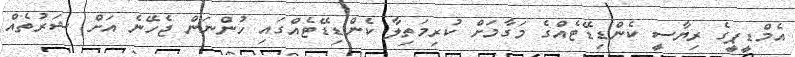
އެމްޑީޕީގެ ރިޔާސީ ކެންޑިޑޭޓެއްގެ މަގާމަށް ކުރިމަތިލާ ކެންޑިޑޭޓެއްގައި ހުންނަން ޖެހޭނެ އަށް ޝަރުތެއް